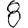
Digit: 8